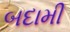
બદામી